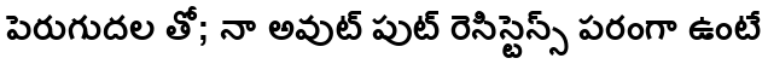
పెరుగుదల తో; నా అవుట్ పుట్ రెసిస్టెన్స్ పరంగా ఉంటే